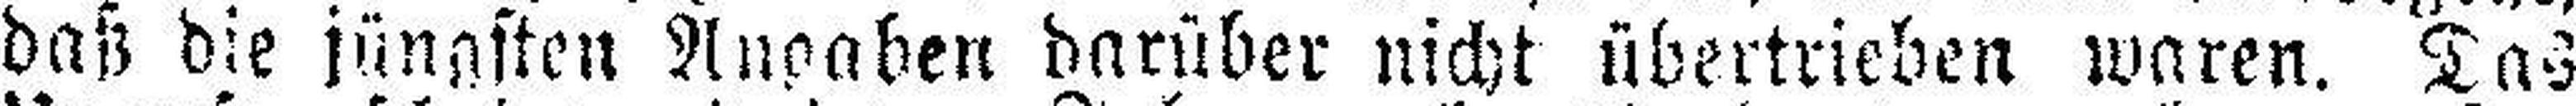
daß die jüngsten Angaben darüber nicht übertrieben waren. Das